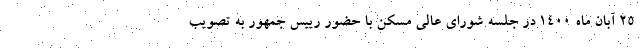
۲۵ آبان ماه ۱۴۰۰ در جلسه شورای عالی مسکن با حضور رییس جمهور به تصویب